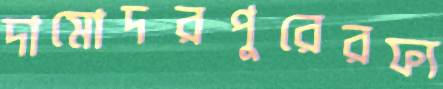
দামোদরপুরেরফ্য